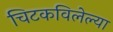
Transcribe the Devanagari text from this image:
चिटकविलेल्या